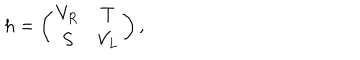
LaTeX: h = \left( \begin{array} { c c } { { V _ { R } } } & { { T } } \\ { { S } } & { { V _ { L } } } \\ \end{array} \right) ,